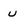
Character: u